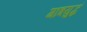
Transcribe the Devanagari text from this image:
गात्रयुद्धं